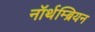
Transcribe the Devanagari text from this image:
नॉर्थम्ब्रियन